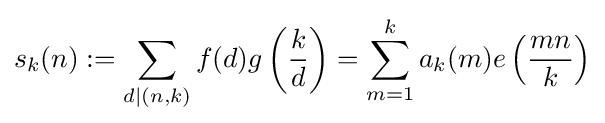
s_{k}(n):=\sum _{d\mid (n,k)}f(d)g\left({\frac {k}{d}}\right)=\sum _{m=1}^{k}a_{k}(m)e\left({\frac {mn}{k}}\right)